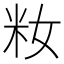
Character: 籹